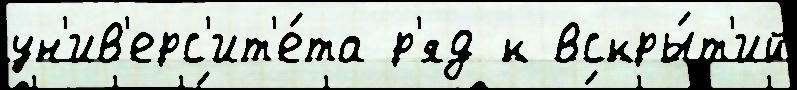
ун'ив'ерс'ит'е́та р'яд к вскры́т'ий